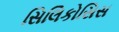
સિલિકોસિસ